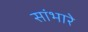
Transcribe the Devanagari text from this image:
सांभारे